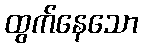
ထွက်နေသော